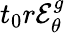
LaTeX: t_{0}r\mathcal{E}_{\theta}^{g}